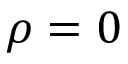
\rho = 0